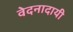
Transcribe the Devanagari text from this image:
वेदनादायी